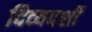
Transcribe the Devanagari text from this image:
दिव्‍यदर्शी